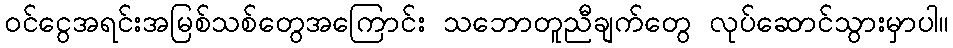
ဝင်ငွေအရင်းအမြစ်သစ်တွေအကြောင်း သဘောတူညီချက်တွေ လုပ်ဆောင်သွားမှာပါ။